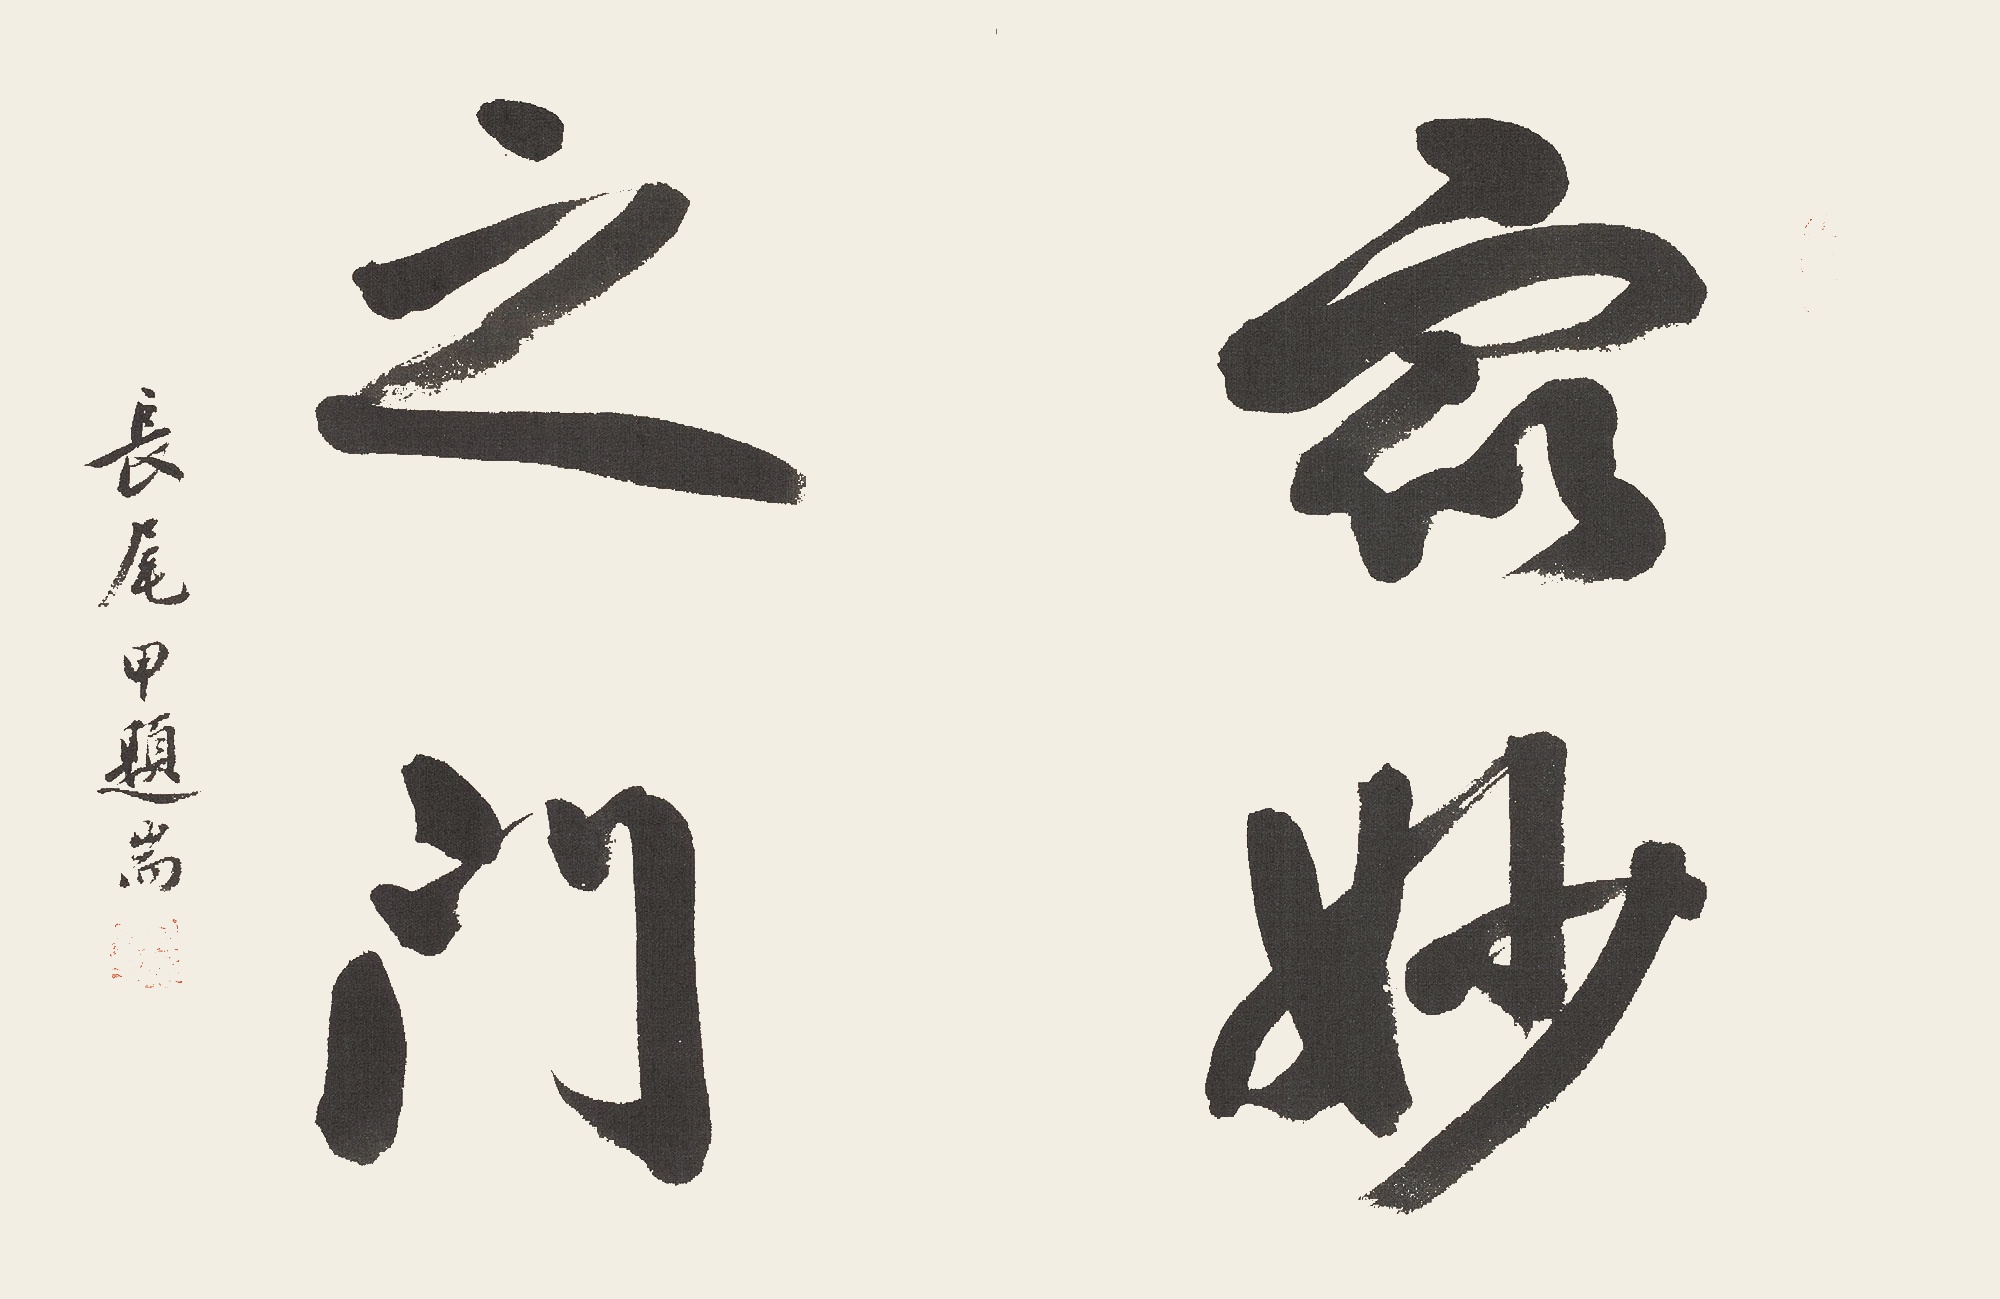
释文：众妙之门长尾甲题耑。